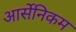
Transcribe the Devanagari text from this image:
आर्सेनिकम